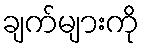
ချက်များကို